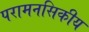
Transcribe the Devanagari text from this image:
परामनसिकीय